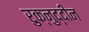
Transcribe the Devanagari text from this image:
रुक्नुद्दीन